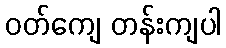
ဝတ်ကျေ တန်းကျပါ